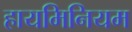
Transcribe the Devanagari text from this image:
हायमिनियम